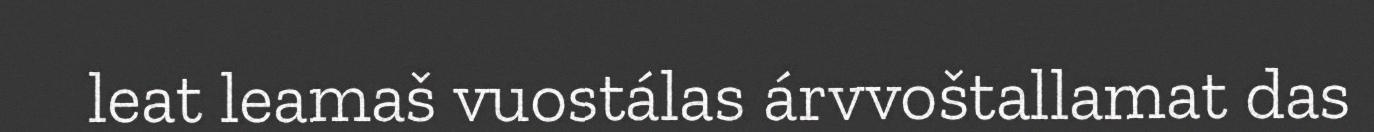
leat leamaš vuostálas árvvoštallamat das